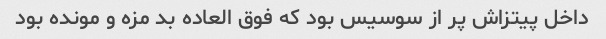
داخل پیتزاش پر از سوسیس بود که فوق العاده بد مزه و مونده بود